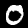
Label: 0